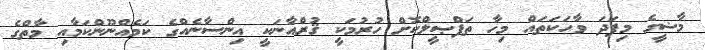
މާޟީގެ މިފަދަ ވާހަކަތައް މިހާ ތަފްޞީލްކޮށް ހުރުމަކީ ޤުރްއާނަކީ އިންސާނެއްގެ ކަމެއްނޫންކަމާއި މާތްގެ